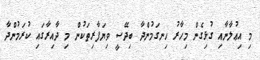
މި އިޢުލާނާއި ގުޅިގެން މިހާރު ހިނގަމުންދާ ބިދޭސީ ވިޔަފާރިތަކުން މި ދާއިރާގައި ކުރަމުންދާ